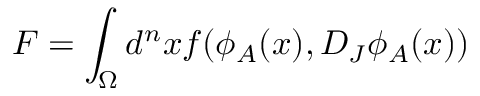
F = \int _ { \Omega } d ^ { n } x f ( \phi _ { A } ( x ) , D _ { J } \phi _ { A } ( x ) )